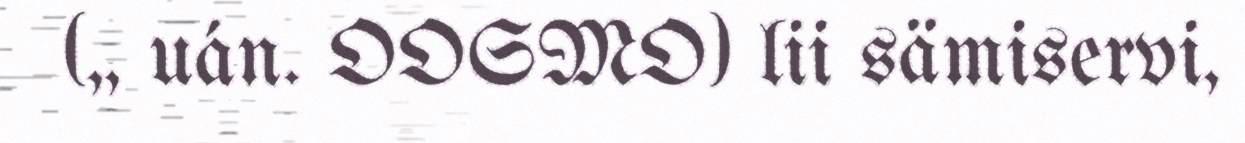
(,, uán. OOSMO) lii sämiservi,